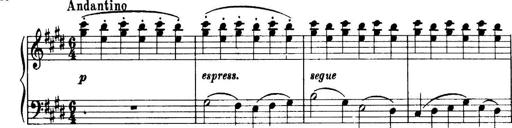
Title: 3 Sonatinas, Op.67
Composer: Jean Sibelius